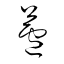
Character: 蘆